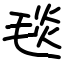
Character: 毯